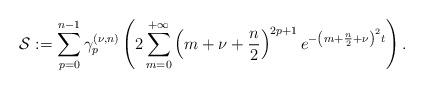
LaTeX: \begin{align*}\mathcal{S}:=\sum\limits_{p=0}^{n-1}\gamma _{p}^{(\nu ,n)}\left(2\sum\limits_{m=0}^{+\infty }\left( m+\nu +\frac{n}{2}\right)^{2p+1}e^{-\left( m+\frac{n}{2}+\nu \right) ^{2}t}\right) . \end{align*}